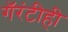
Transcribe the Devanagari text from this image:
गॅरंटीही